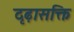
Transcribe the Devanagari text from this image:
दृढ़ासक्ति